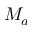
M _ { a }